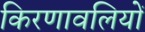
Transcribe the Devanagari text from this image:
किरणावलियों